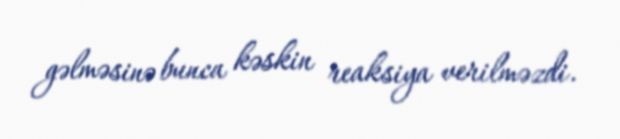
gəlməsinə bunca kəskin reaksiya verilməzdi.